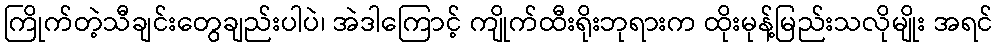
ကြိုက်တဲ့သီချင်းတွေချည်းပါပဲ၊ အဲဒါကြောင့် ကျိုက်ထီးရိုးဘုရားက ထိုးမုန့်မြည်းသလိုမျိုး အရင်